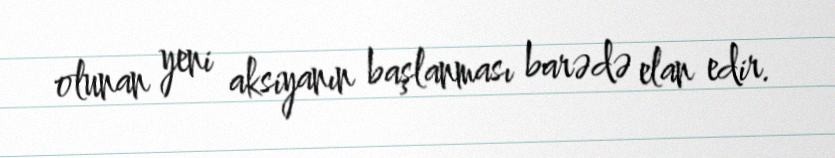
olunan yeni aksiyanın başlanması barədə elan edir.